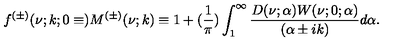
f ^ { ( \pm ) } ( \nu ; k ; 0 \equiv ) M ^ { ( \pm ) } ( \nu ; k ) \equiv 1 + ( \frac { 1 } { \pi } ) \int _ { 1 } ^ { \infty } \frac { D ( \nu ; \alpha ) W ( \nu ; 0 ; \alpha ) } { ( \alpha \pm i k ) } d \alpha .